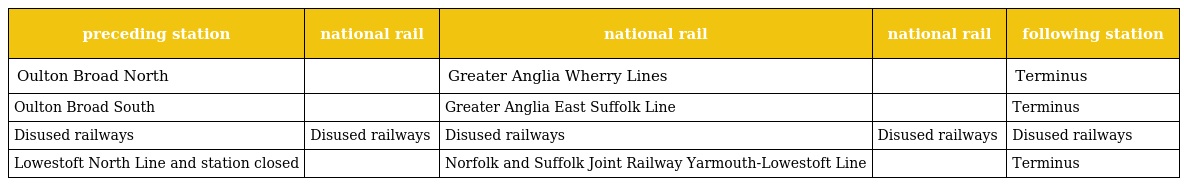
| preceding station | national rail | national rail | national rail | following station |
 | --- | --- | --- | --- | --- |
 | Oulton Broad North |  | Greater Anglia Wherry Lines |  | Terminus |
 | Oulton Broad South |  | Greater Anglia East Suffolk Line |  | Terminus |
 | Disused railways | Disused railways | Disused railways | Disused railways | Disused railways |
 | Lowestoft North Line and station closed |  | Norfolk and Suffolk Joint Railway Yarmouth-Lowestoft Line |  | Terminus |